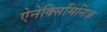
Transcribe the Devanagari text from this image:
ऐनेक्सिमिनिज़